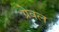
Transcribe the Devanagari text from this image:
ग्रेवल